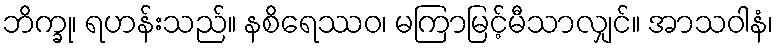
ဘိက္ခု၊ ရဟန်းသည်။ နစိရေဿဝ၊ မကြာမြင့်မီသာလျှင်။ အာသဝါနံ၊